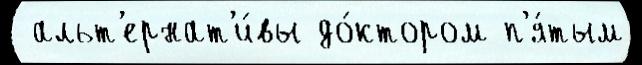
 альт'ернат'и́вы до́ктором п'я́тым